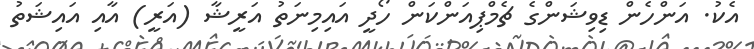
އެކު. އަންހެން ޑިވިޝަންގެ ޗެމްޕިއަންކަން ހޯދީ އައިމިނަތު އަރީޝާ (އަރީ) އާއި އައިޝަތު